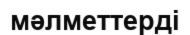
мәлметтерді